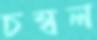
চম্বল